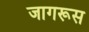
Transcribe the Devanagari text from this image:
जागरूस